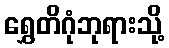
ရွှေတိဂုံဘုရားသို့